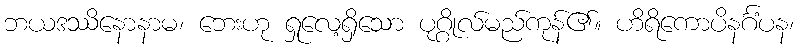
ဘယဒဿိနောနာမ၊ ဘေးဟု ရှုလေ့ရှိသော ပုဂ္ဂိုလ်မည်ကုန်၏။ ဟိရိကောပိနင်္ဂံပန၊